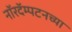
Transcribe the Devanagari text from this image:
नॉरदॅम्पटनच्या